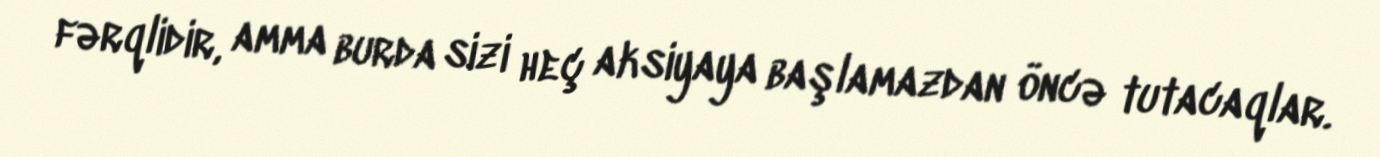
fərqlidir, amma burda sizi heç aksiyaya başlamazdan öncə tutacaqlar.